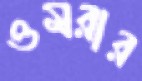
ওমরার